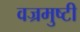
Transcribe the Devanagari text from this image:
वज्रमुष्टी